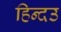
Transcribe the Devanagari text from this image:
हिन्दउ